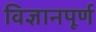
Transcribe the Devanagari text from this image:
विज्ञानपूर्ण